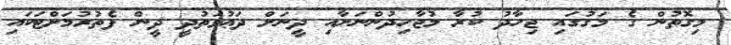
މިގޮތުން ގެ މަގުގައި ޖިހާދު ކުރާ މުޖާހިދުންނަށާއި ދީނަށް ދަޢުވަތުދީ ދީން ފެތުރުމަށްޓަކައި